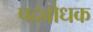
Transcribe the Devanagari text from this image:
पदबोधक